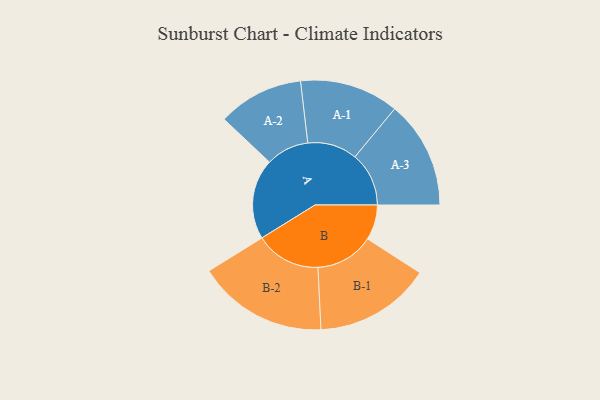
{"axis": {"x": "Segment", "y": "Value"}, "legend": ["", "A", "B"], "data": [{"x": "A", "y": 334, "type": ""}, {"x": "B", "y": 146, "type": ""}, {"x": "A-1", "y": 206, "type": "A"}, {"x": "A-2", "y": 178, "type": "A"}, {"x": "A-3", "y": 224, "type": "A"}, {"x": "B-1", "y": 242, "type": "B"}, {"x": "B-2", "y": 271, "type": "B"}]}